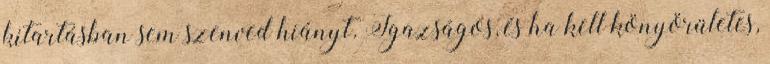
kitartásban sem szenved hiányt. Igazságos, és ha kell könyörületes,